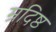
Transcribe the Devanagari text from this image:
म्रदिष्ठ